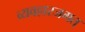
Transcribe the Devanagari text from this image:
व्यवहारजगत्‌